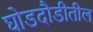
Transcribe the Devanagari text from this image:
घोडदौडीतील